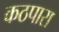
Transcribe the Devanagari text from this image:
कठपारा